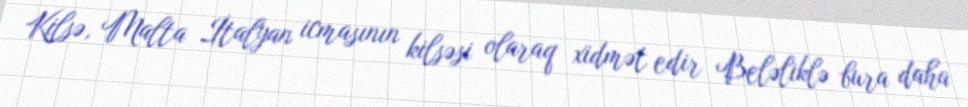
Kilsə, Malta İtalyan icmasının kilsəsi olaraq xidmət edir Beləliklə bura daha